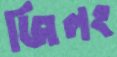
জিলং